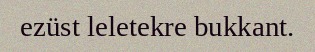
ezüst leletekre bukkant.